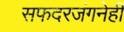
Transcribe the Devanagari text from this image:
सफदरजंगनेही